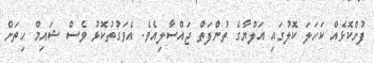
ފުށްކޮޅެއް ކަހަލަ ކޮލުގައި އަލްޔާގެ ތުންފަތް ޖައްސާލިއެވެ. އެވަގުތުކޮޅު ވެސް ޝައިމް ހިތަށް